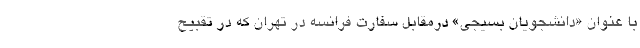
با عنوان «دانشجویان بسیجی» درمقابل سفارت فرانسه در تهران که در تقبیح